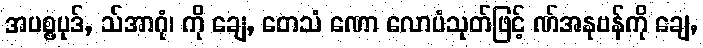
အပစ္စပုဒ်, သ်အာဂုံ၊ ကို ချေ, တေသံ ဏော လောပံသုတ်ဖြင့် ဏ်အနုဗန်ကို ချေ,